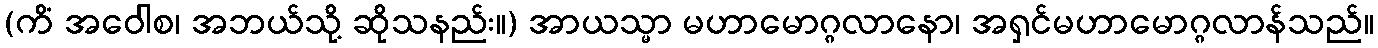
(ကိံ အဝေါစ၊ အဘယ်သို့ ဆိုသနည်း။) အာယသ္မာ မဟာမောဂ္ဂလာနော၊ အရှင်မဟာမောဂ္ဂလာန်သည်။